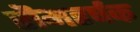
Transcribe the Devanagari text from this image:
रॊमहर्षक